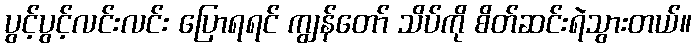
ပွင့်ပွင့်လင်းလင်း ပြောရရင် ကျွန်တော် သိပ်ကို စိတ်ဆင်းရဲသွားတယ်။